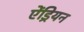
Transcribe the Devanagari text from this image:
ऐंड्रियन